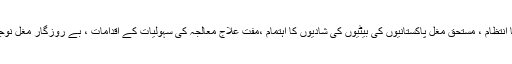
فلاحی پروگرام میں مغل برادری کی ضرورت مند خواتین کے لیے مناسب رشتوں کا انتظام ، مستحق مغل پاکستانیوں کی بیٹیوں کی شادیوں کا اہتمام ،مفت علاج معالجہ کی سہولیات کے اقدامات ، بے روزگار مغل نوجوانوں کے لیے بے روزگاری الاؤنس کا انتظام جیسے پروگرام شامل ہو سکتے ہیں ۔